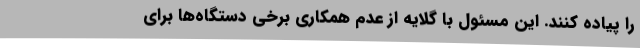
را پیاده کنند. این مسئول با گلایه از عدم همکاری برخی دستگاه‌ها برای